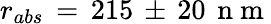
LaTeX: r_{abs}\, =\, 215\, \pm\, 20\, \mathrm{~n~m~}